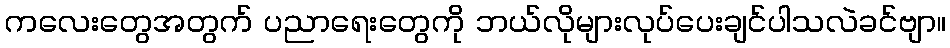
ကလေးတွေအတွက် ပညာရေးတွေကို ဘယ်လိုများလုပ်ပေးချင်ပါသလဲခင်ဗျာ။